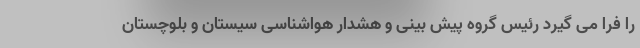
را فرا می گیرد رئیس گروه پیش بینی و هشدار هواشناسی سیستان و بلوچستان